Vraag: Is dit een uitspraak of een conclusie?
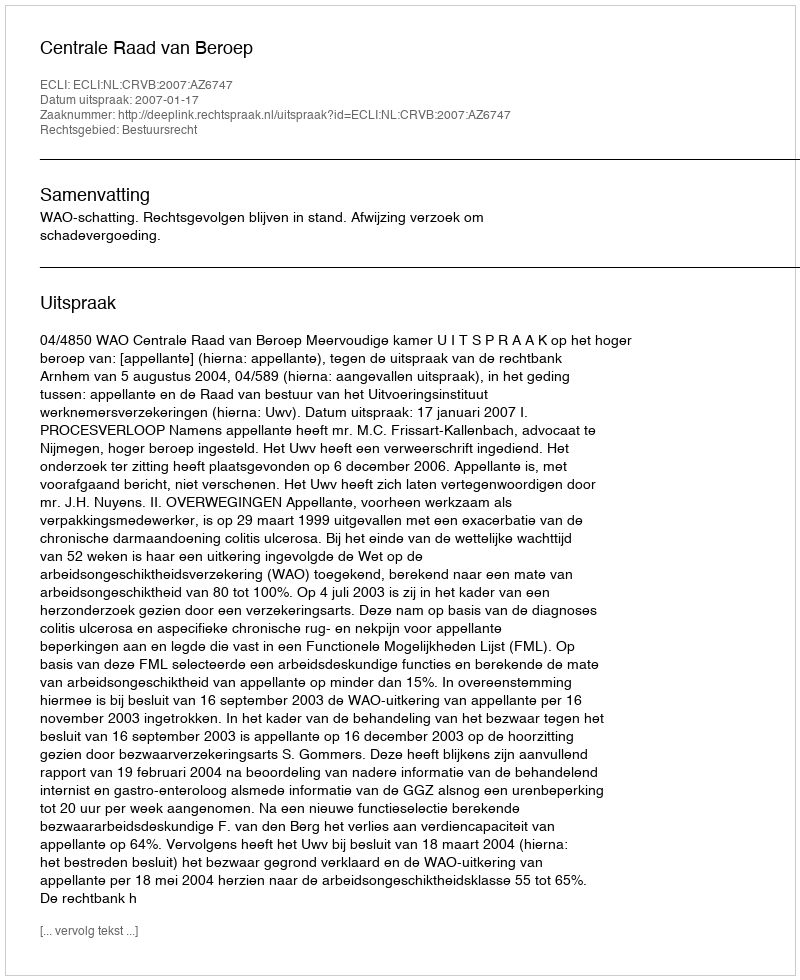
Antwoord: Uitspraak